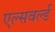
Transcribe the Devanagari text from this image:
एल्सवर्ल्ड